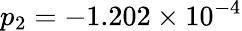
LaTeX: p_{2}=-1.202\times 10^{-4}